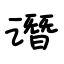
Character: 谮